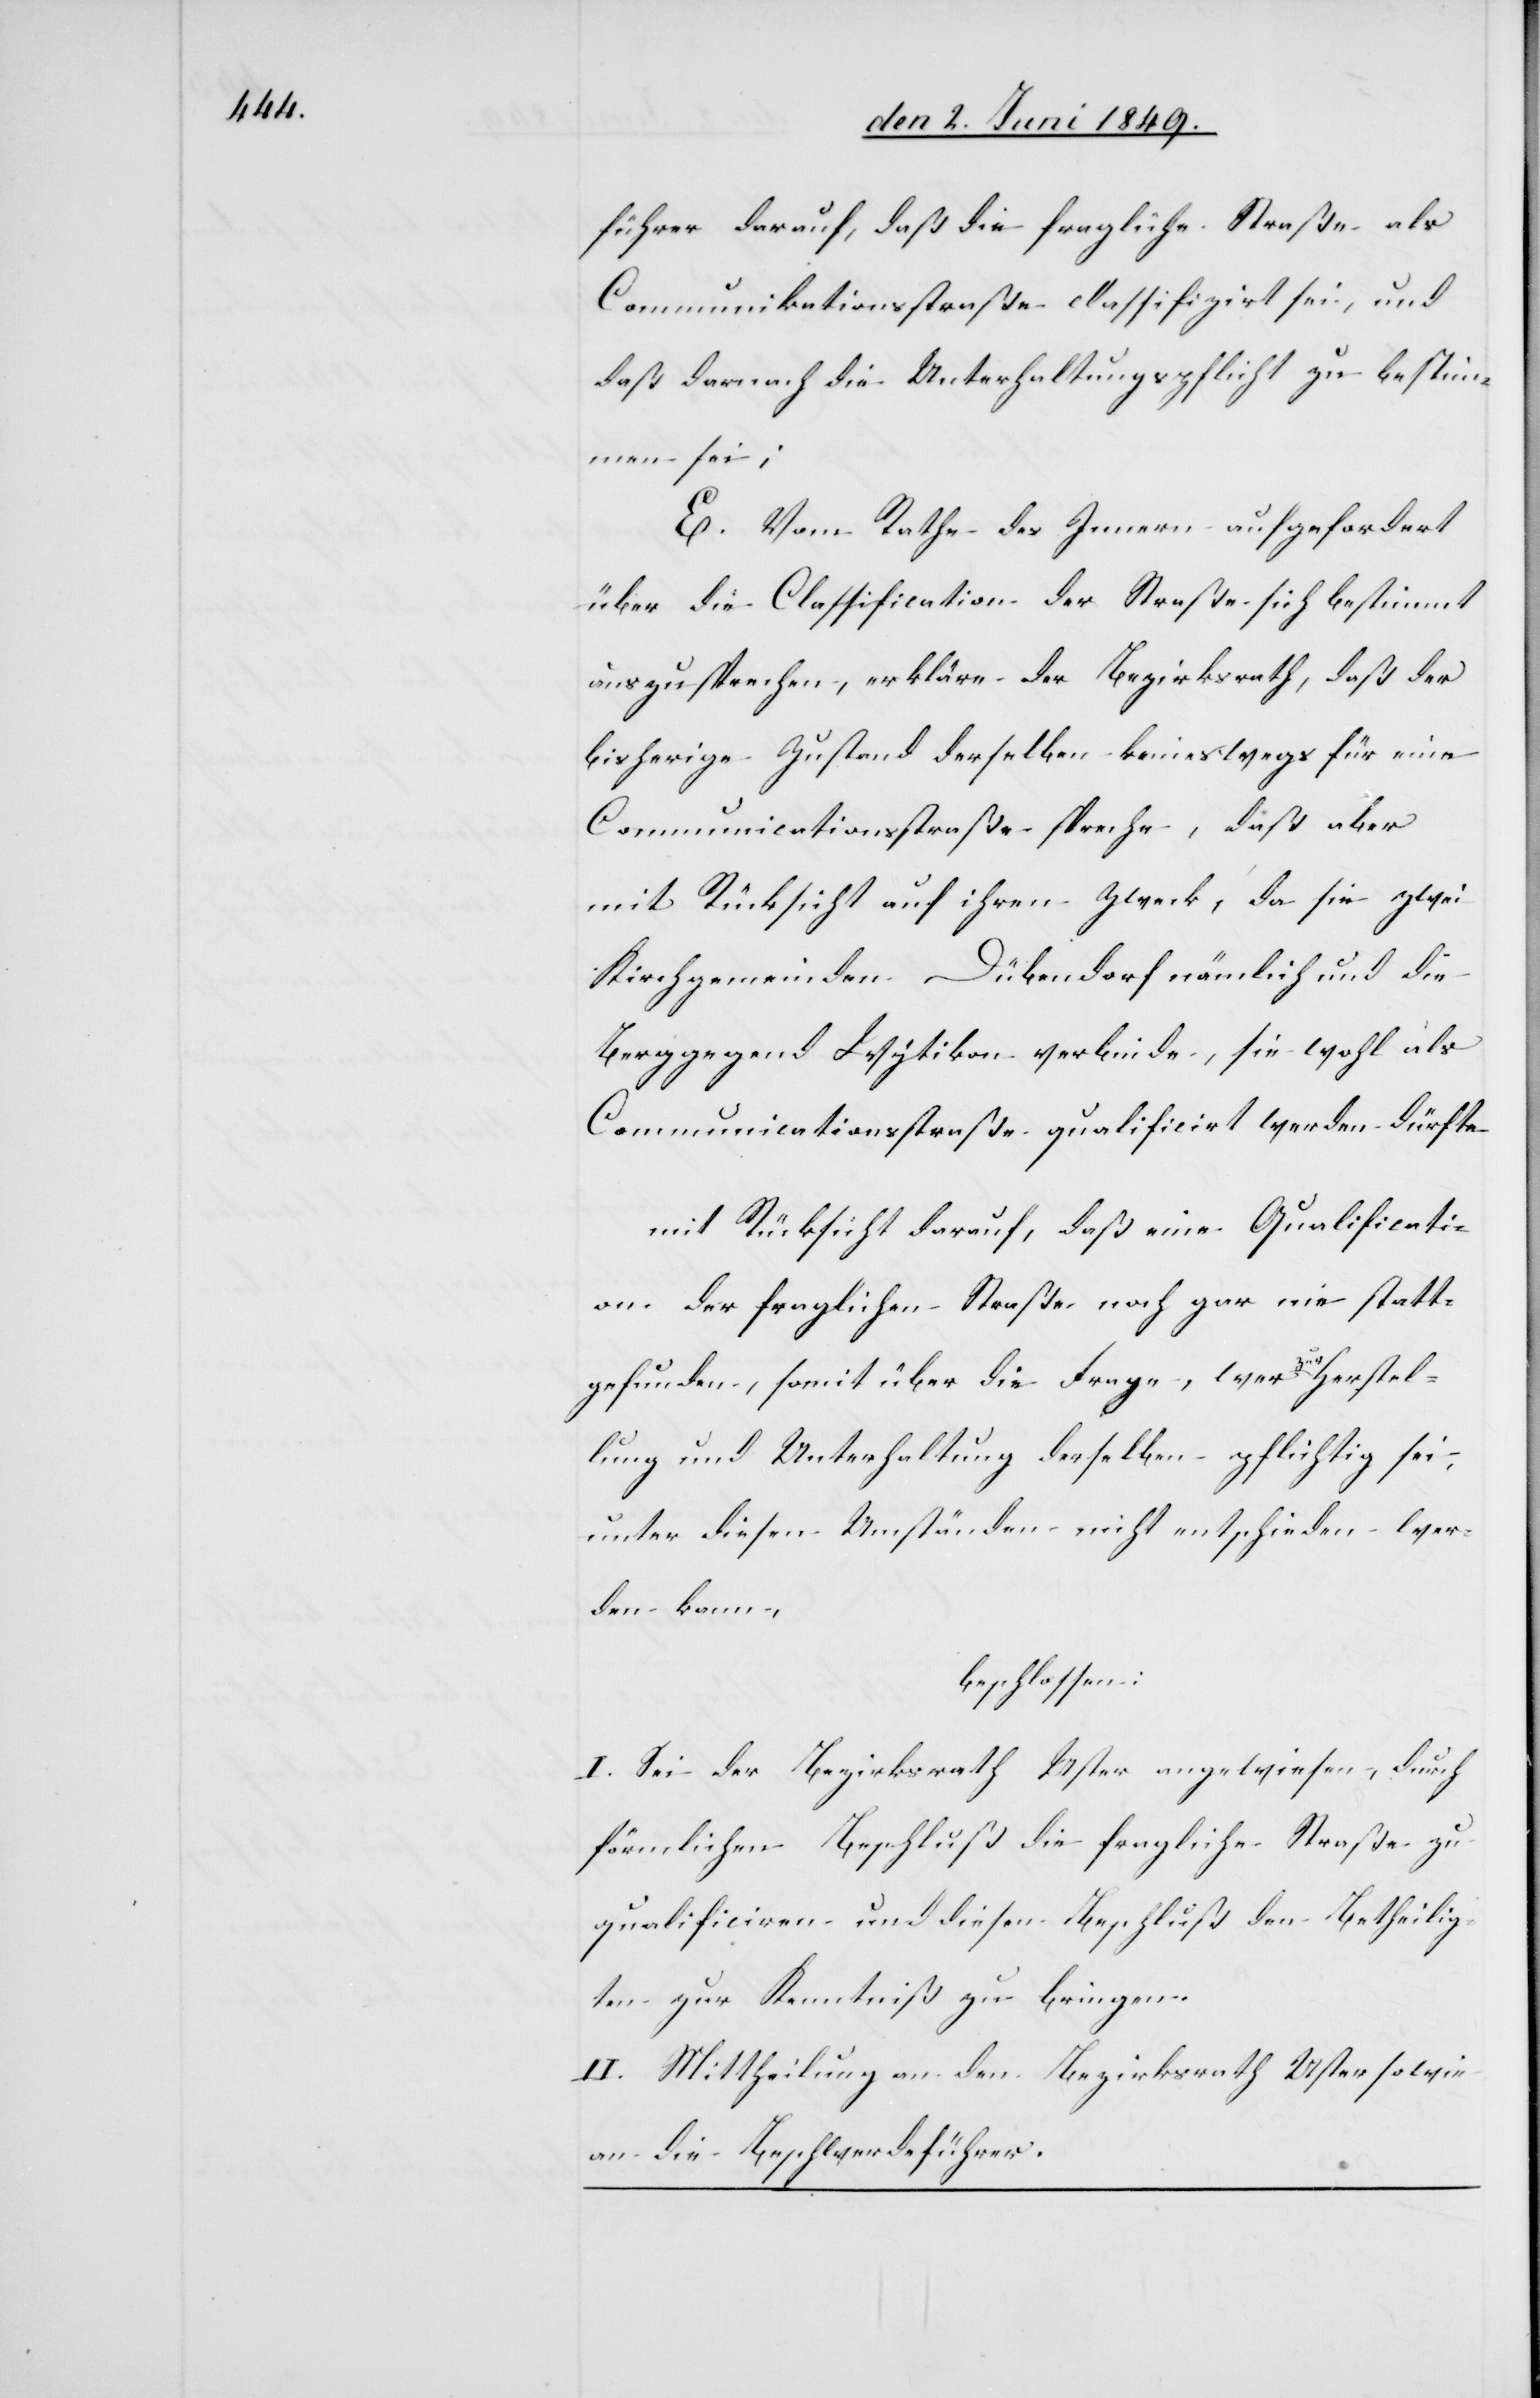
führer darauf, daß die fragliche Straße als
Communikationsstraße classifizirt sei, und
daß darnach die Unterhaltungspflicht zu bestim¬
men sei;
E. Vom Rathe des Innern aufgefordert
über die Classification der Straße sich bestimmt
auszusprechen, erkläre der Bezirksrath, daß der
bisherige Zustand derselben keineswegs für eine
Communicationsstraße spreche, daß aber
mit Rücksicht auf ihren Zweck, da sie zwei
Kirchgemeinden Dübendorf nämlich und die
Berggegend Wytikon verbinde, sie wohl als
Communicationsstraße qualificirt werden dürfte
mit Rücksicht darauf, daß eine Qualificati¬
on der fraglichen Straße noch gar nie statt¬
gefunden, somit über die Frage, wer zur Herstel¬
lung und Unterhaltung derselben pflichtig sei,
unter diesen Umständen nicht entschieden wer¬
den kann,
beschlossen:
I. Sei der Bezirksrath Uster angewiesen, durch
förmlichen Beschluß die fragliche Straße zu
qualificiren und diesen Beschluß den Betheilig¬
ten zur Kenntniß zu bringen.
II. Mittheilung an den Bezirksrath Uster sowie
an die Beschwerdeführer.